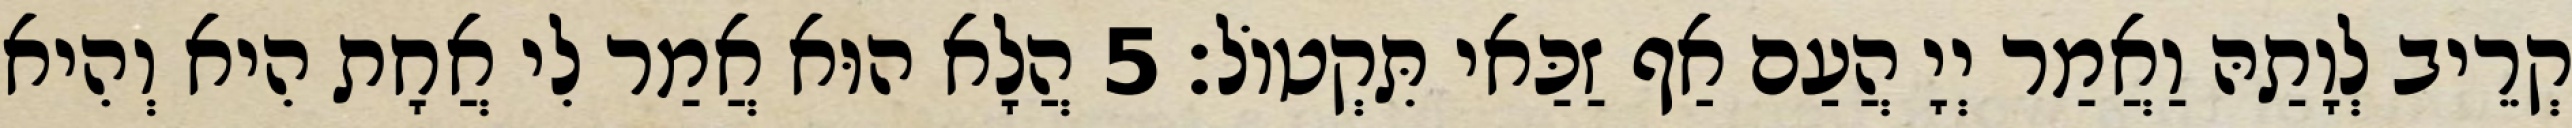
קְרֵיב לְוָתַהּ וַאֲמַר יְיָ הֲעַם אַף זַכַּאי תִּקְטוֹל׃ 5 הֲלָא הוּא אֲמַר לִי אֲחָת הִיא וְהִיא